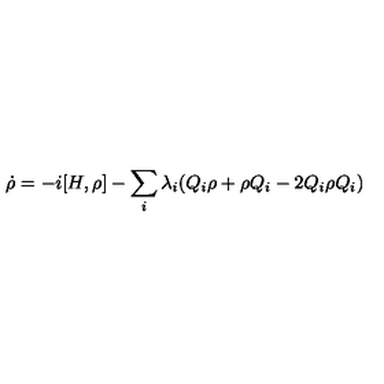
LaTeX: \dot { \rho } = - i [ H , \rho ] - \sum _ { i } \lambda _ { i } ( Q _ { i } \rho + \rho Q _ { i } - 2 Q _ { i } \rho Q _ { i } )